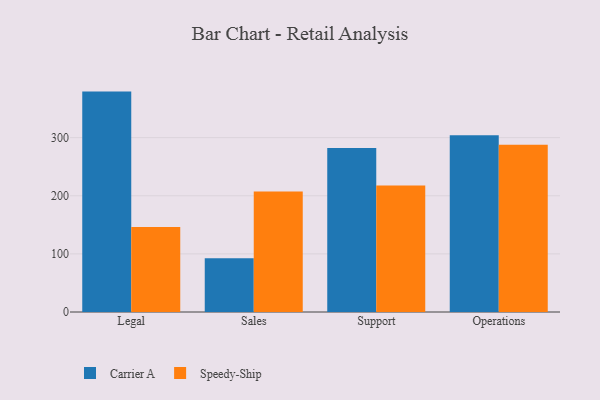
{"axis": {"x": "Department", "y": "Shipments"}, "legend": ["Carrier A", "Speedy-Ship"], "data": [{"x": "Legal", "y": 379.2, "type": "Carrier A"}, {"x": "Legal", "y": 146.4, "type": "Speedy-Ship"}, {"x": "Sales", "y": 92.6, "type": "Carrier A"}, {"x": "Sales", "y": 207.3, "type": "Speedy-Ship"}, {"x": "Support", "y": 282.2, "type": "Carrier A"}, {"x": "Support", "y": 217.5, "type": "Speedy-Ship"}, {"x": "Operations", "y": 304.0, "type": "Carrier A"}, {"x": "Operations", "y": 287.7, "type": "Speedy-Ship"}]}